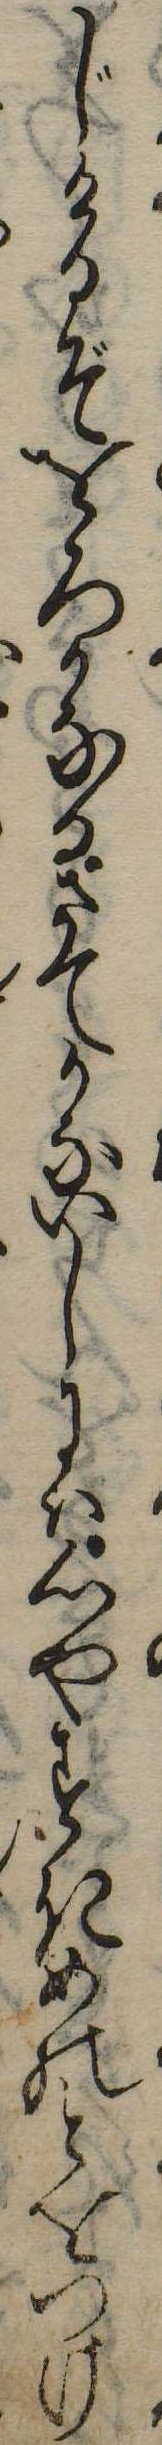
じけるぞをろかなるさてかないしには心やすきめのとをつけ